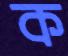
ক